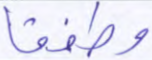
وطفقا